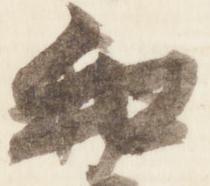
和